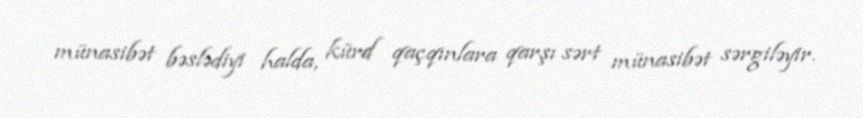
münasibət bəslədiyi halda, kürd qaçqınlara qarşı sərt münasibət sərgiləyir.